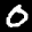
Label: 0